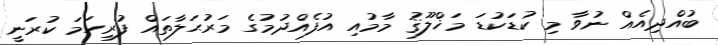
ބުއްދިއެއް ނުވާ މި ކުޑަކުޑަ މަޚްލޫޤު މާމުއި އުފެއްދުމުގެ މަރުޙަލާތައް ފުރިހަމަ ކުރަނީ